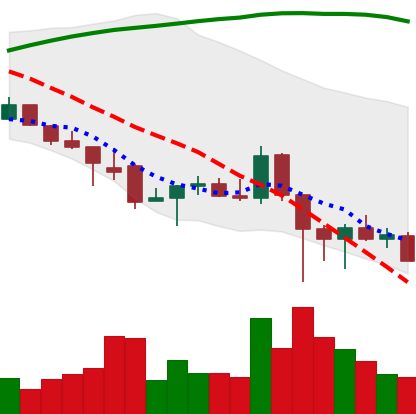
Ticker: ADA-USD
Chart end date: 2021-12-09
Forward return: -5.239%
Label: down_5_7